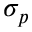
\sigma _ { p }